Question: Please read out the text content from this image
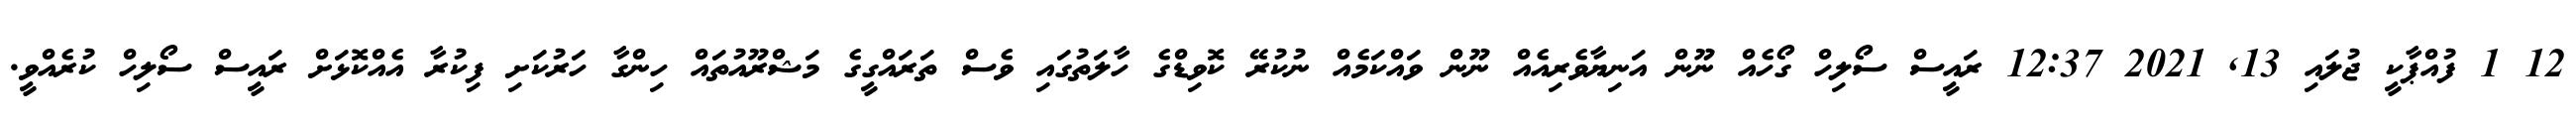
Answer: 12 1 ފުއްޕާކީ ޖުލައި 13, 2021 12:37 ރައީސް ސޯލިހް ގޯހެއް ނޫން އަނިޔާވެރިއެއް ނޫން ވައްކަމެއް ނުކުރޭ ކޮވިޑްގެ ހާލަތުގައި ވެސް ތަރައްގީގެ މަޝްރޫއުތައް ހިންގާ ހަރުކަށި ފިކުރާ އެއްކޮޅަށް ރައީސް ސޯލިހް ކުރެއްވީ.